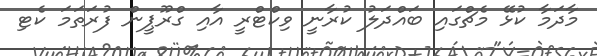
މާދަމާ ކުޅޭ މެޗްގައި ބައްދަލު ކުރާނީ ވިކްޓްރީ އާއި ގްރޫޕީން ފުރަތަމަ ކެޓި